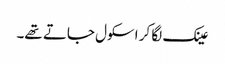
عینک لگا کر اسکول جاتے تھے۔